[Report on the health of British troops in the Madras command]
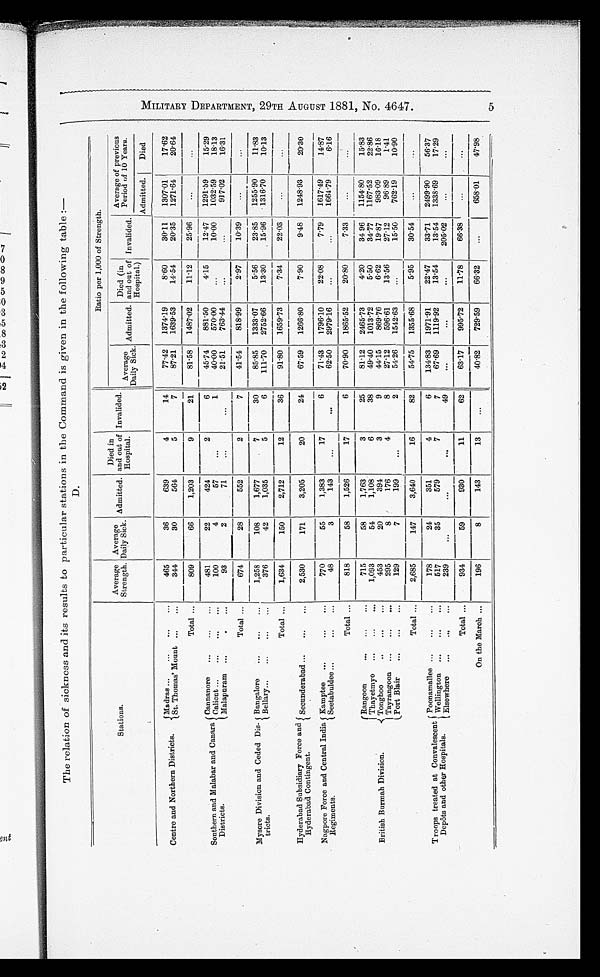
The relation of sickness and its results to particular stations in the Command is given in the following table :
—
D.
M I L I T A R Y D E P A R T M E N T 2 9 T H A U G U S T 1 8 8 1 , N O . 4 6 4 7 .
Ratio per 1,000 of Strength.
Stations.
Average
Strength.
Average
Daily
Sick. Admitted.
Died in
and out of
Hospital.
Invalided. Average
Daily Sick. ad,mitted.
Died (in
and out of
Hospital.)
Invalided.
Average of previous
Period of 10 Years .
Admitted.
Died
Centre and Northern Districts.
Madras ...
...
... ...
465
36
639
4
14
77.42 1374.19
8.60
30.11 1307.01
17.62
St. Thomas' Mount ...
...
344
30
564
5
7
87.21
1639.53
14.54
20.35 1271.64
20.64
Total ...
809
66
1,203
9
21
81.58 1487.02
11.12
25.96
...
...
Southern and Malabar and Canara
Districts.
Cannanore
...
...
...
481
22
424
2
6
45.74
881.50
4.15
12.47
1291.59
15.29
Calicut ...
...
...
...
100
4
57
...
1
40.00
570.00
10.00 1032.59
18.13
Malapuram ...
... ...
93
2
71
...
...
21.51
763.44
...
...
917.02
16.31
Total ...
674
28
552
2
7
41.54
818.99
2.97
10.39
...
...
Mysore Division and Ceded Die-
tricts.
Bangalore
Bellary ...
...
...
...
1,258
108
1,677
7
30
85.85
1333.07
5.56
23.85
1255.90
11.83
...
...
...
376
42
1,035
5
6
111.70
2752.66
13.30
15.96 1316.70
10.13
Total ...
1,634
150
2,712
12
36
91.80 1659.73
7.34
22.03
...
...
Hyderabad Subsidiary Force and
Hyderabad Contingent.
Nagpore Force and Central India
Regiments.
Secu
nderabad ...
...
...
2,530
171
3, 205
20
24
67.59 1266.80
7.90
9.48 1248.93
20.30
Kamptee ...
...
...
770
55
1,383
17
6
71.43
1796.10
22.08
7.79 1617.49
14.87
Seetabuldee ... ...
...
48
3
143
...
...
62.50
2979.16 ...
...
1664.79
6.16
Tot al
. . .
818
58
1,526
17
6
70.90
1865.52
20.80
7.33
...
...
British Burmah Division.
Rangoon
...
...
...
715
58
1,763
3
25
81.12 2465.73
4.20
34.96 1154.80
15.83
Thayetmyo ...
...
...
1,093
54
1,108
6 38
49.40
1013.725.50
34.77 1167.52
22.86
Tonghoo
..
...
...
453
20
394
3
9
44.15
869.76
6.62
19.87
983.09
16.18
Tayrangoon ...
...
...
295
8
176
4
8
27.12
596.61
13.56
27.12
96.89
1.41
Port Blair
...
...
...
129
7
199
...
2
54.26
1542.63 ...
15.50
762.19
10.90
T o t a l
. . .
2,685
147
3,640
16
82
54.75 1355.68
5.95
30.54
...
...
Troops treated at Convalescent
Depôts and other Hospitals.
Poonamallee ... ...
...
178
24
351
4
6
134.83
1971.91
22.47
33.71
2499.90
56.37
Wellington ...
...
...
517
35
579
7
7
67.69 1119.92
13.54
13.54
1338.69
17.29
Elsewhere ...
...
...
239
...
...
...
49
...
...
...
205.02
...
...
T o t a l
. . .
934
59
930
11
62
63.17
995.72
11.78
66.38
...
...
On the March
...
196
8
143
13
...
40.82
729.59
66.32
...
658.01
47.98